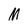
Character: M